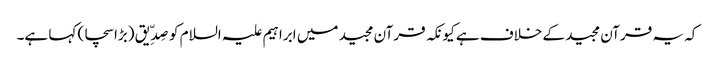
کہ یہ قرآن مجید کے خلاف ہے کیونکہ قرآن مجید میں ابراہیم علیہ السلام کو صِدِّیق (بڑا سچا) کہا ہے۔